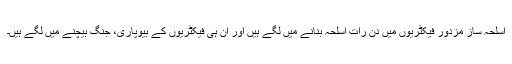
اسلحہ ساز مزدور فیکٹریوں میں دن رات اسلحہ بنانے میں لگے ہیں اور ان ہی فیکٹریوں کے بیوپاری، جنگ بیچنے میں لگے ہیں۔